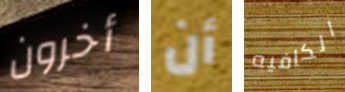
أخرون أن الكافيه